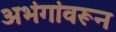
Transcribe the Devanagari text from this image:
अभंगांवरून